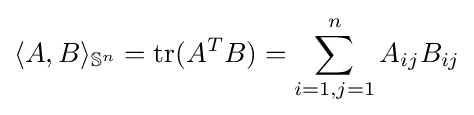
\langle A,B\rangle _{\mathbb {S} ^{n}}={\rm {tr}}(A^{T}B)=\sum _{i=1,j=1}^{n}A_{ij}B_{ij}